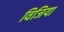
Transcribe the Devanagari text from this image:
विजिया